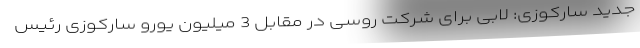
جدید سارکوزی: لابی برای شرکت روسی در مقابل 3 میلیون یورو سارکوزی رئیس